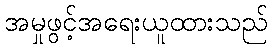
အမှုဖွင့်အရေးယူထားသည်